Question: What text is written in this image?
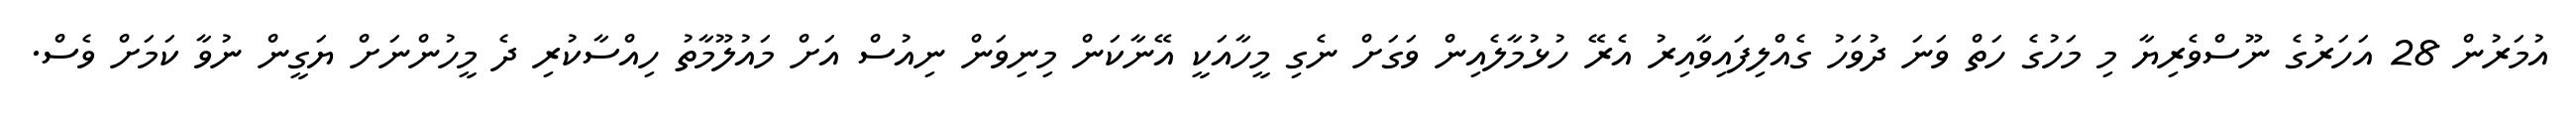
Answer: އުމަރުން 28 އަހަރުގެ ނޫސްވެރިޔާ މި މަހުގެ ހަތް ވަނަ ދުވަހު ގެއްލިފައިވާއިރު އެރޭ ހުޅުމާލެއިން ވަގަށް ނެގި މީހާއަކީ އޭނާކަން މިނިވަން ނިއުސް އަށް މައުލޫމާތު ހިއްސާކުރި ދެ މީހުންނަށް ޔަގީން ނުވާ ކަމަށް ވެސް.